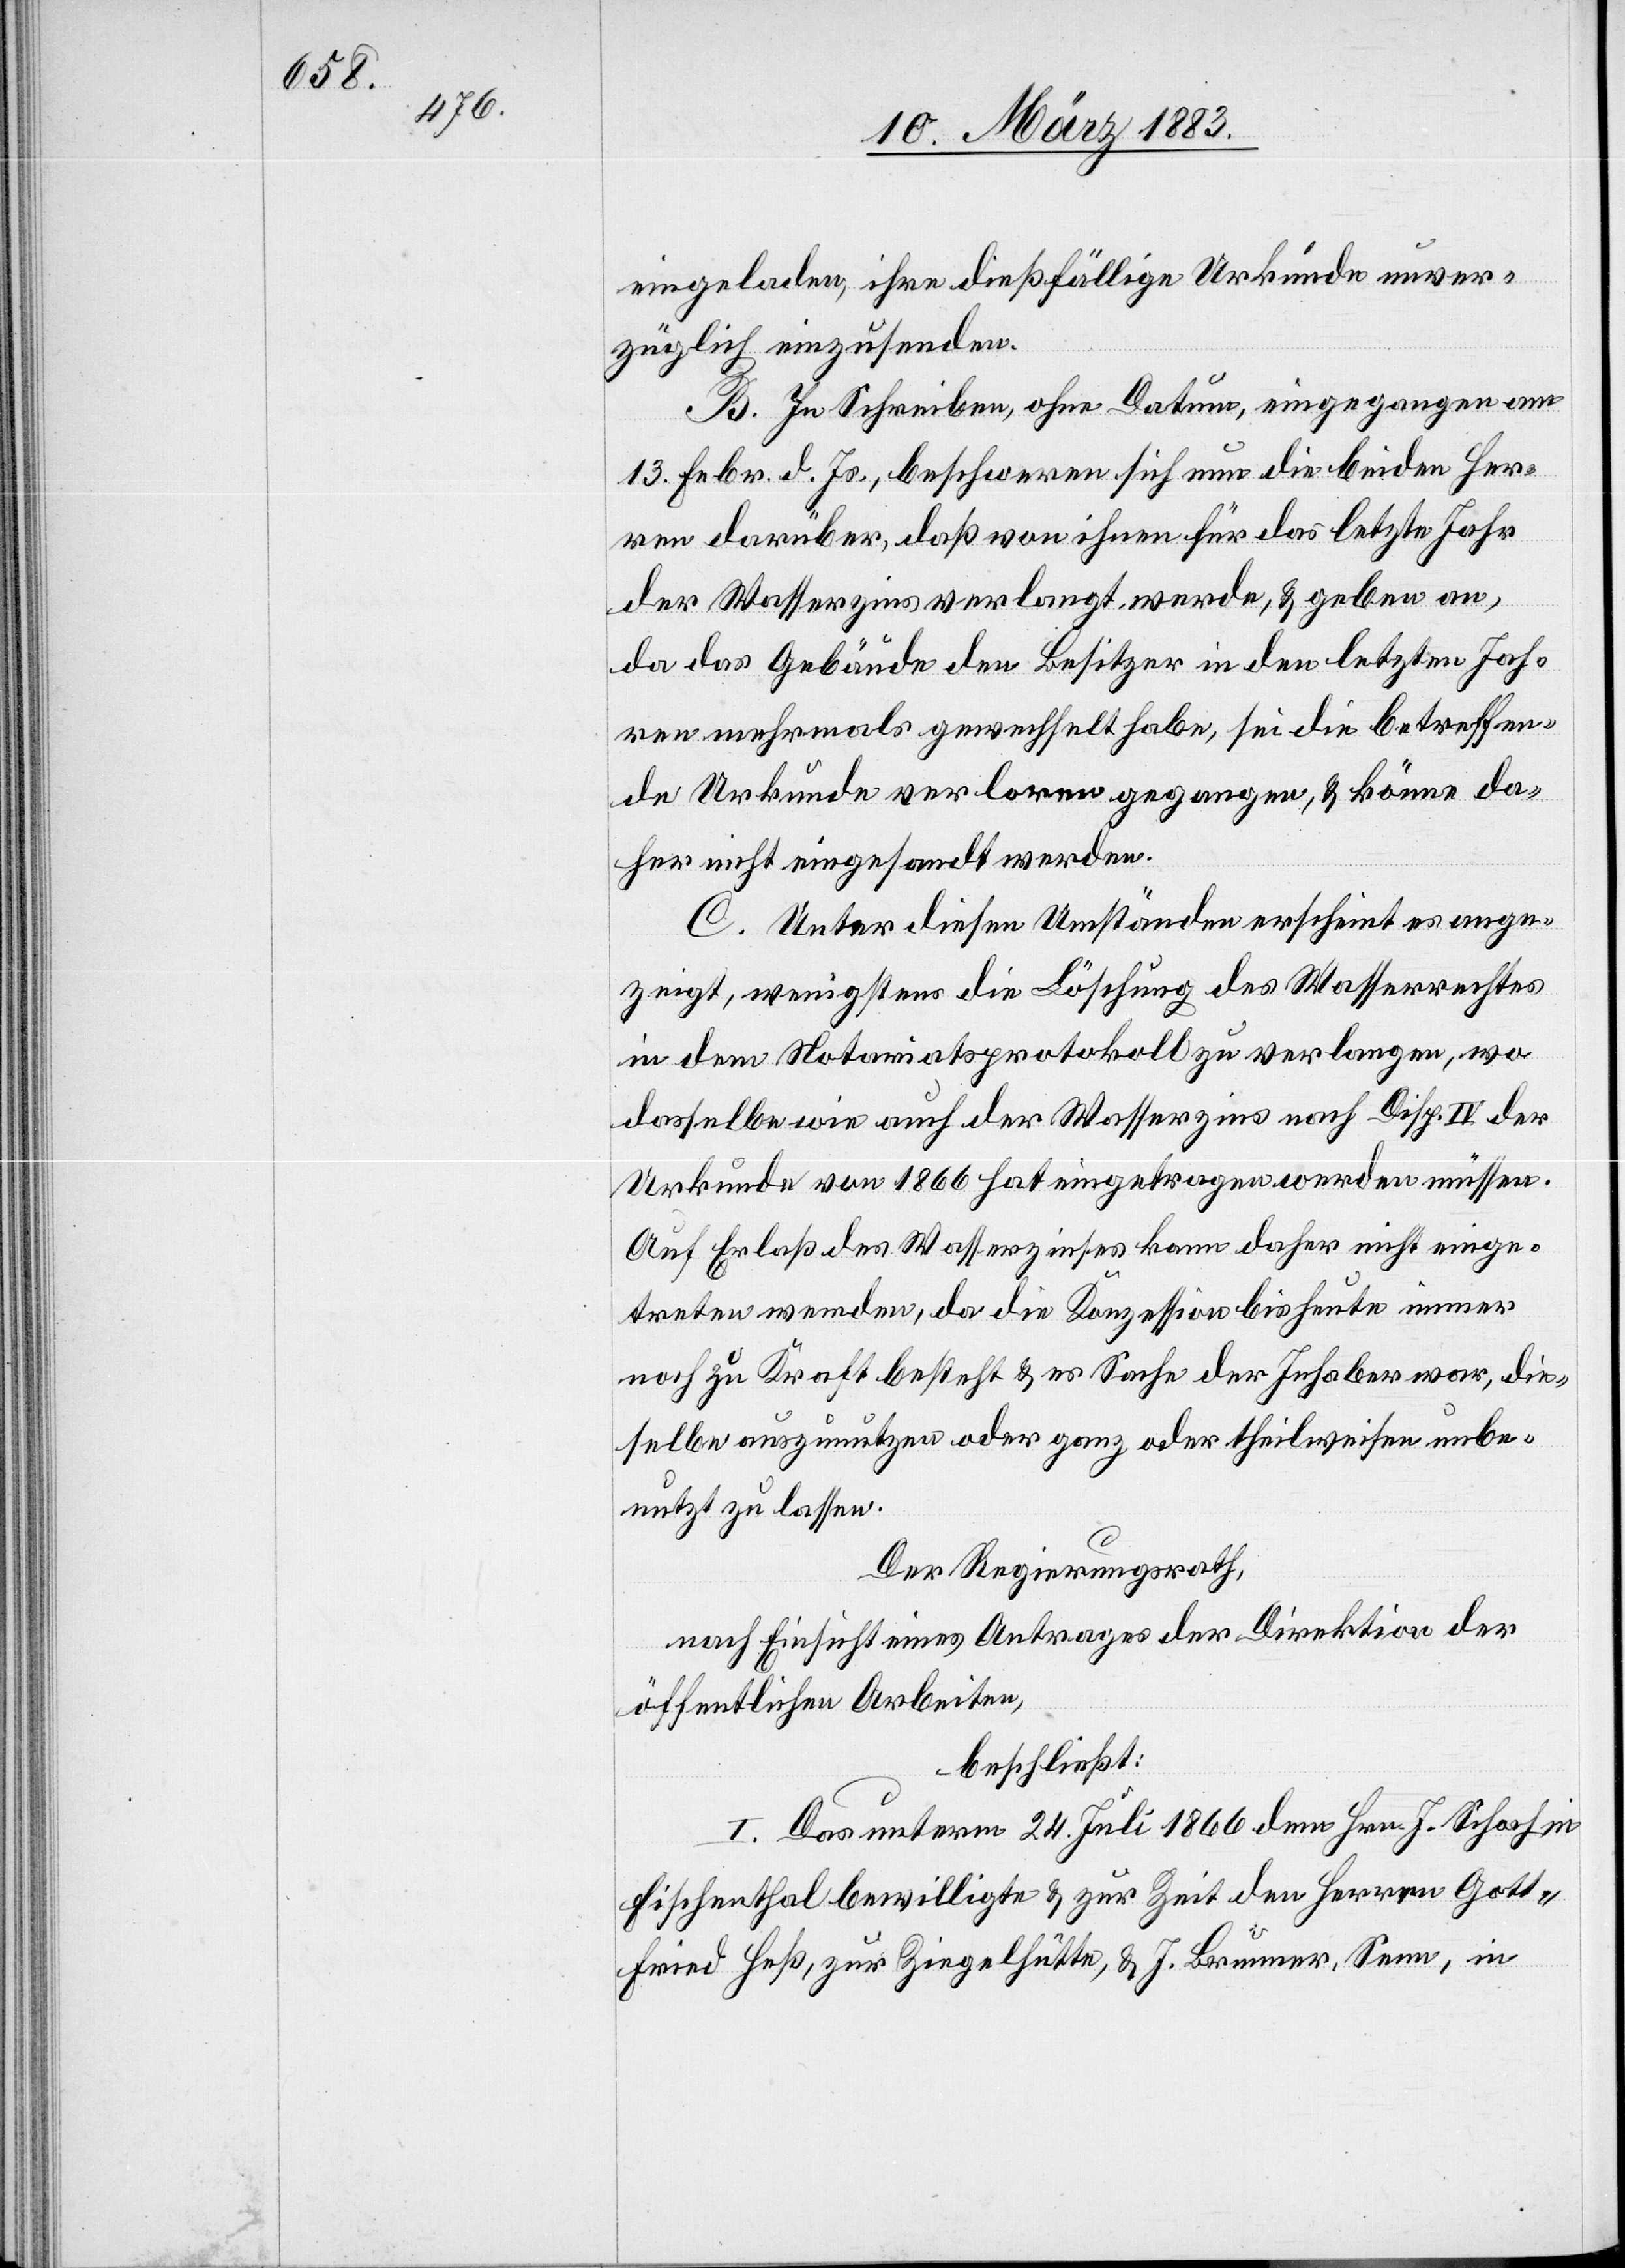
1835

ein¬
Der Regierungsrath,
nach Einsicht eines Antrages der Direktion der
öffentlichen Arbeiten,
beschließt:
werden.